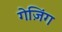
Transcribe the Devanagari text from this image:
गेज़िंग